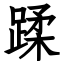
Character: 蹂